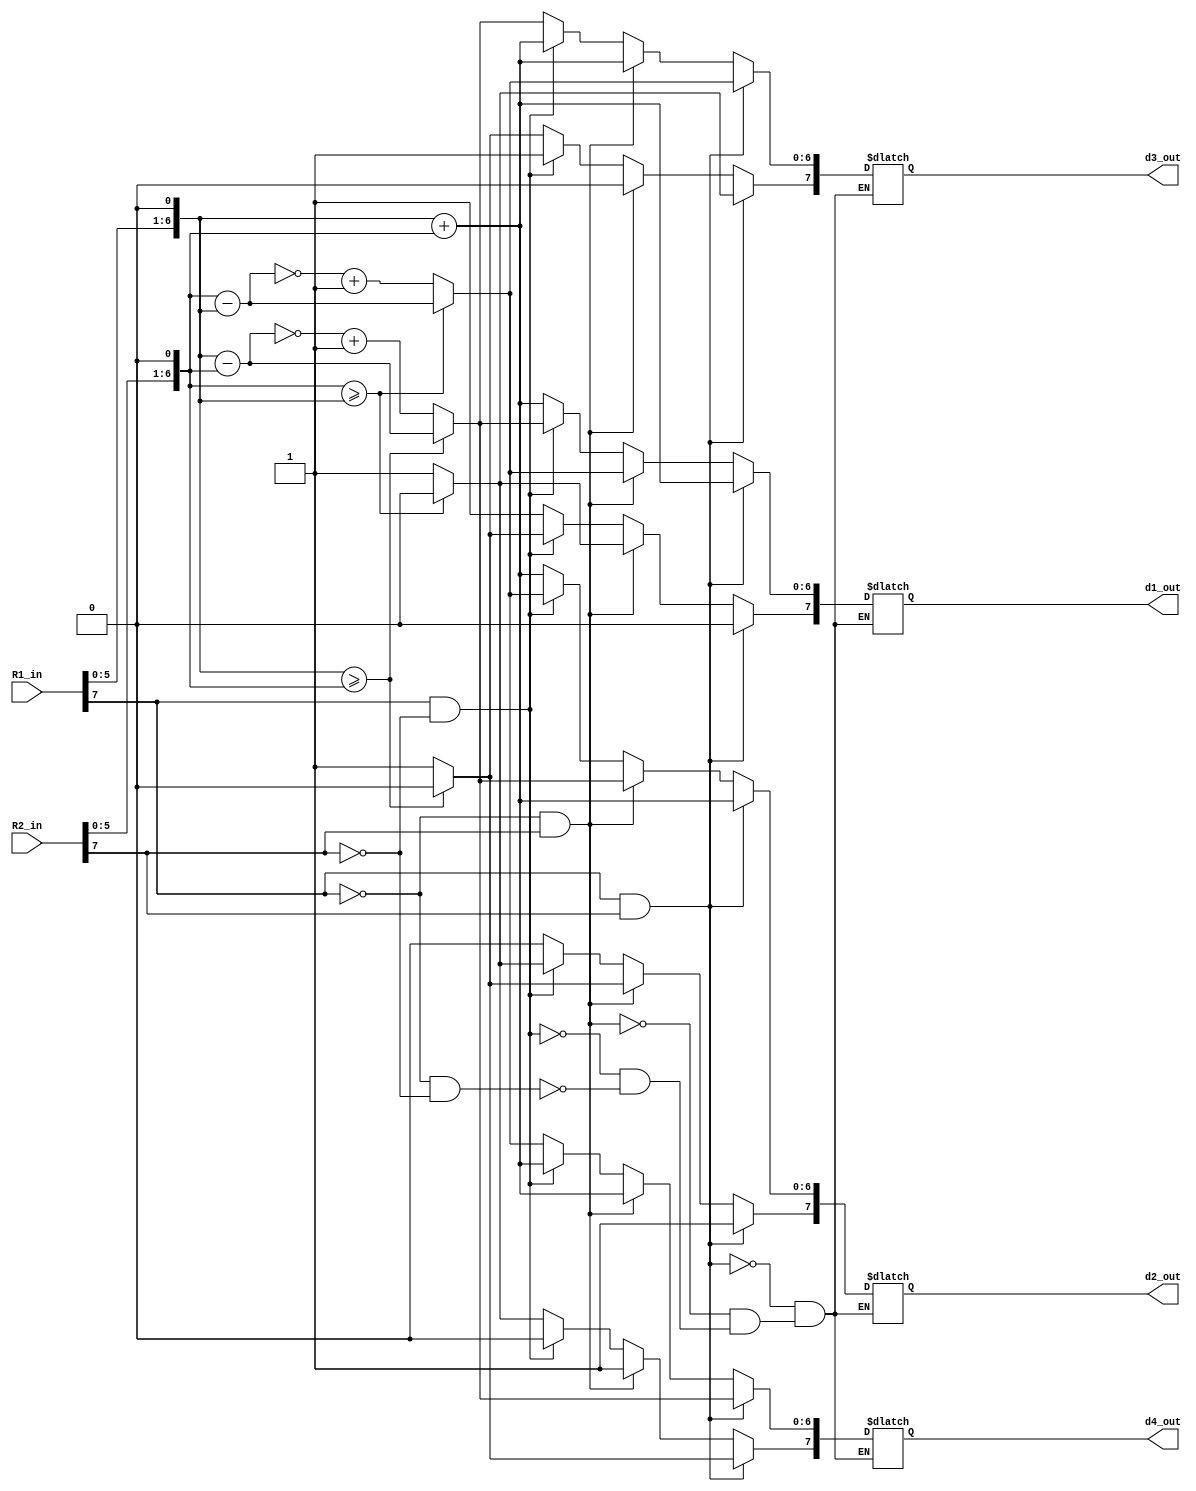

module stage1_2 (
R1_in	,
R2_in	,
d1_out,
d2_out, 
d3_out, 
d4_out			
);

input wire [7:0] R1_in;
input wire [7:0] R2_in;


output reg [7:0] d1_out;
output reg [7:0] d2_out;
output reg [7:0] d3_out;
output reg [7:0] d4_out;

reg [7:0] TWOR1;
reg [7:0] TWOR2;
reg [7:0] TWOR3;
reg [7:0] TWOR4;



always @(R1_in,R2_in)
begin
	
	TWOR1 = R1_in << 1;
	TWOR1 = {R1_in[7],TWOR1[6:0]};
	TWOR2 = R2_in << 1;
	TWOR2 = {R2_in[7],TWOR2[6:0]};

	//Calculations: d1 = -(2R1 + 2R2)

	//both numbers positive: 
	//			d1 = -(2R1 + 2R2)
	//			d2 = +2R1 + 2R2
	//			d3 = +2R1 - 2R2
	//			d4 = +2R2 - 2R1
	if(TWOR1[7] == 0 && TWOR2[7] == 0) begin
		d1_out[6:0] <= TWOR1[6:0] + TWOR2[6:0];
		d1_out[7] <= 1;

		d2_out[6:0] <= TWOR1[6:0] + TWOR2[6:0];
		d2_out[7] <= 0;

		if(TWOR1[6:0] >= TWOR2[6:0]) begin
			d3_out[6:0] <= TWOR1[6:0] - TWOR2[6:0];
			d3_out[7] <= 0;
		end else begin
			d3_out[6:0] <= (~(TWOR1[6:0] - TWOR2[6:0])+7'b0000001);
			d3_out[7] <= 1;
			//if(d3_out[6:0] == 7'b0000000) begin
				//d3_out <= 8'b00000000;
			//end
		end
		
		if(TWOR2[6:0] >= TWOR1[6:0]) begin
			d4_out[6:0] <= TWOR2[6:0] - TWOR1[6:0];
			d4_out[7] <= 0;
		end else begin
			d4_out[6:0] <= (~(TWOR2[6:0] - TWOR1[6:0])+7'b0000001); 
			d4_out[7] <= 1;
			//if(d4_out[6:0] == 7'b0000000) begin
				//d4_out <= 8'b00000000;
			//end
		end
	end

	//R1 negative, R2 positive: 
	//			d1 = +2R1 - 2R2
	//			d2 = +2R2 - 2R1
	//			d3 = -(2R1 + 2R2)
	//			d4 = +2R1 + 2R2 
	if (TWOR1[7] == 1 && TWOR2[7] == 0) begin

		if(TWOR1[6:0] >= TWOR2[6:0]) begin
			d1_out[6:0] <= TWOR1[6:0] - TWOR2[6:0];
			d1_out[7] <= 0;
		end else begin
			d1_out[6:0] <= (~(TWOR1[6:0] - TWOR2[6:0])+7'b0000001);
			d1_out[7] <= 1;
			//if(d1_out[6:0] == 7'b0000000) begin
				//d1_out <= 8'b00000000;
			//end
		end

		if(TWOR2[6:0] >= TWOR1[6:0]) begin
			d2_out[6:0] <= TWOR2[6:0] - TWOR1[6:0];
			d2_out[7] <= 0;
		end else begin
			d2_out[6:0] <= (~(TWOR2[6:0] - TWOR1[6:0])+7'b0000001); 
			d2_out[7] <= 1;
			//if(d2_out[6:0] == 7'b0000000) begin
				//d2_out <= 8'b00000000;
			//end
		end

		d3_out[6:0] <= TWOR1[6:0] + TWOR2[6:0];
		d3_out[7] <= 1;

		d4_out[6:0] <= TWOR1[6:0] + TWOR2[6:0];
		d4_out[7] <= 0;

	end



	////R2 negative, R1 positive: 
	//			d1 = +2R2 - 2R1
	//			d2 = +2R1 - 2R2
	//			d3 = +2R1 + 2R2
	//			d4 = -(2R1 + 2R2)
	if (TWOR1[7] == 0 && TWOR2[7] == 1) begin 

		if(TWOR2[6:0] >= TWOR1[6:0]) begin
			d1_out[6:0] <= TWOR2[6:0] - TWOR1[6:0];
			d1_out[7] <= 0;
		end else begin
			d1_out[6:0] <= (~(TWOR2[6:0] - TWOR1[6:0])+7'b0000001); 
			d1_out[7] <= 1;
			//if(d1_out[6:0] == 7'b0000000) begin
				//d1_out <= 8'b00000000;
			//end
		end

		if(TWOR1[6:0] >= TWOR2[6:0]) begin
			d2_out[6:0] <= TWOR1[6:0] - TWOR2[6:0];
			d2_out[7] <= 0;
		end else begin
			d2_out[6:0] <= (~(TWOR1[6:0] - TWOR2[6:0])+7'b0000001);
			d2_out[7] <= 1;
			//if(d2_out[6:0] == 7'b0000000) begin
				//d2_out <= 8'b00000000;
			//end
		end

		d3_out[6:0] <= TWOR1[6:0] + TWOR2[6:0];
		d3_out[7] <= 0;

		d4_out[6:0] <= TWOR1[6:0] + TWOR2[6:0];
		d4_out[7] <= 1;

	end

	//both numbers negative 
	//			d1 = +2R1 + 2R2
	//			d2 = -(2R1 + 2R2)
	//			d3 = +2R2 - 2R1
	//			d4 = +2R1 - 2R2
	if(TWOR1[7] == 1 && TWOR2[7] == 1) begin 

		d1_out[6:0] <= TWOR1[6:0] + TWOR2[6:0];
		d1_out[7] <= 0;

		d2_out[6:0] <= TWOR1[6:0] + TWOR2[6:0];
		d2_out[7] <= 1;

		if(TWOR2[6:0] >= TWOR1[6:0]) begin
			d3_out[6:0] <= TWOR2[6:0] - TWOR1[6:0];
			d3_out[7] <= 0;
		end else begin
			d3_out[6:0] <= (~(TWOR2[6:0] - TWOR1[6:0])+7'b0000001); 
			d3_out[7] <= 1;
			//if(d3_out[6:0] == 7'b0000000) begin
				//d3_out <= 8'b00000000;
			//end
		end

		if(TWOR1[6:0] >= TWOR2[6:0]) begin
			d4_out[6:0] <= TWOR1[6:0] - TWOR2[6:0];
			d4_out[7] <= 0;
		end else begin
			d4_out[6:0] <= (~(TWOR1[6:0] - TWOR2[6:0])+7'b0000001);
			d4_out[7] <= 1;
			//if(d4_out[6:0] == 7'b0000000) begin
				//d4_out <= 8'b00000000;
			//end
		end

	end

end


endmodule